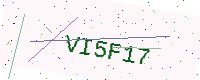
Text: VI5F17